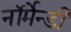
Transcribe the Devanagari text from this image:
नॉर्मेन्डी